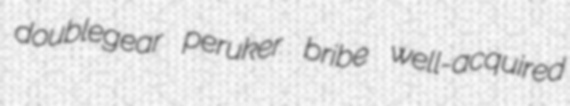
doublegear peruker bribe well-acquired